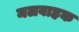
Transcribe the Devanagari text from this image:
मलवाहक